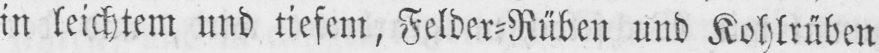
in leichtem und tiefem, Felder⸗Rüben und Kohlrüben